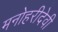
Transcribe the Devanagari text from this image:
मनोहरीदेवी